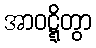
အာဝဋ္ဋိတွာ